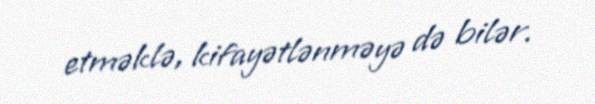
etməklə, kifayətlənməyə də bilər.